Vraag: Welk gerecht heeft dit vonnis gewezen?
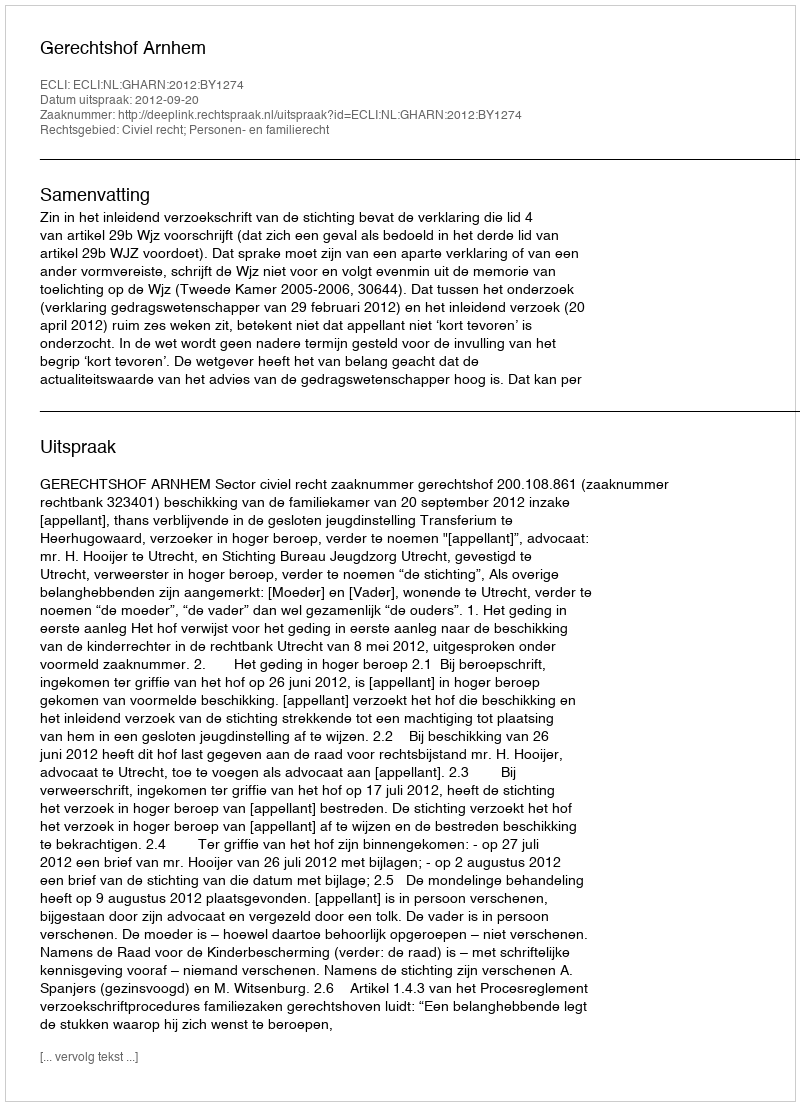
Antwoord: Gerechtshof Arnhem